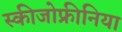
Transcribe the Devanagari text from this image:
स्‍कीजोफ्रीनिया